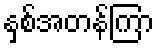
နှစ်အတန်ကြာ